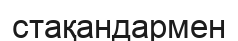
стақандармен